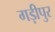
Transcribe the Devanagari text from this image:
गड़ीपुर